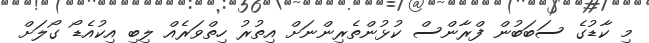
މި ކާޑުގެ ސަބަބުން ފްރާންސް ކުޅުންތެރިންނަށް އިތުރު ހިތްވަރެއް ލިބި އިކުއެޑޯ ގޯލަށް